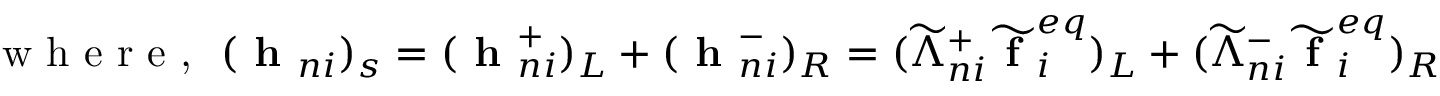
\textrm { w h e r e , } \ ( \textbf { h } _ { n i } ) _ { s } = ( \textbf { h } _ { n i } ^ { + } ) _ { L } + ( \textbf { h } _ { n i } ^ { - } ) _ { R } = ( \widetilde { \Lambda } _ { n i } ^ { + } \widetilde { \textbf { f } } _ { i } ^ { e q } ) _ { L } + ( \widetilde { \Lambda } _ { n i } ^ { - } \widetilde { \textbf { f } } _ { i } ^ { e q } ) _ { R }